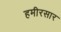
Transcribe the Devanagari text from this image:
हमीरसार